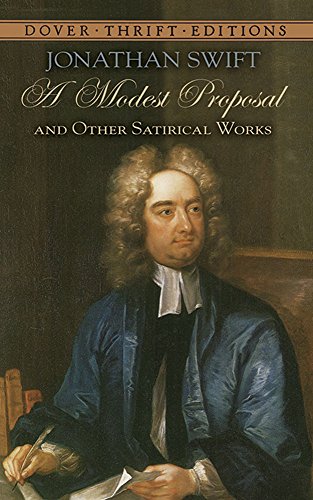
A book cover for A Modest Proposal and Other Satirical Works (Dover Thrift Editions); Jonathan Swift; Literature & Fiction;